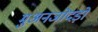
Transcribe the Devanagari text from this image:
मुअनजोदड़ो